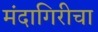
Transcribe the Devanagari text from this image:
मंदागिरीचा